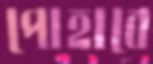
পোহাবে